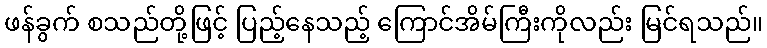
ဖန်ခွက် စသည်တို့ဖြင့် ပြည့်နေသည့် ကြောင်အိမ်ကြီးကိုလည်း မြင်ရသည်။